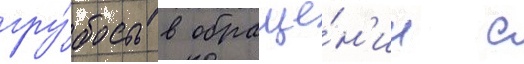
гру́бость в обраще́н'ии с